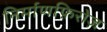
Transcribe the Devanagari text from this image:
निर्माणफ़िरोज़